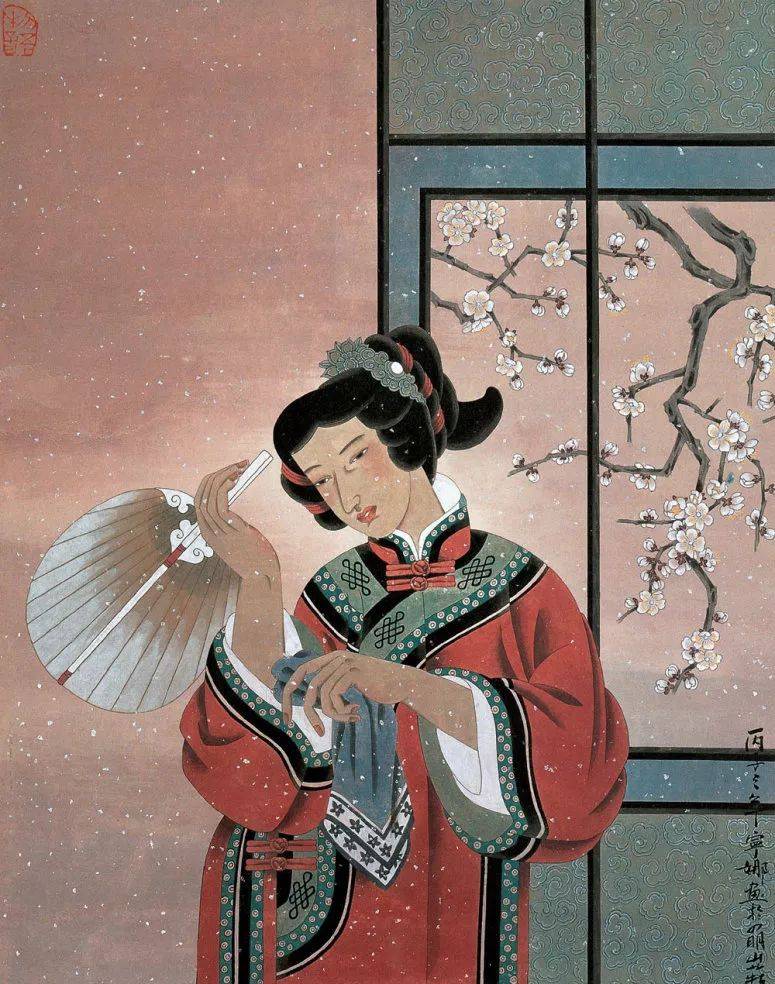
茅檐人静，蓬窗灯暗，春晚连江风雨。